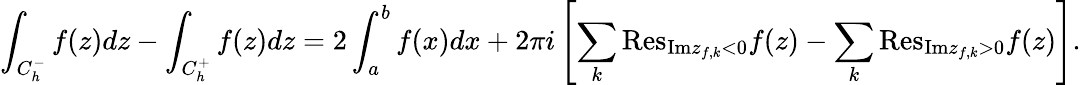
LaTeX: \int_{C_{h}^{-}}{f(z)dz}-\int_{C_{h}^{+}}{f(z)dz}=2\int_{a}^{b}{f(x)dx}+2\pi i\left[\sum_{k}{\mathrm{Res}}_{{\mathrm{Im}}z_{f,k}<0}f(z)-\sum_{k}{\mathrm{Res}}_{{\mathrm{Im}}z_{f,k}>0}f(z)\right].